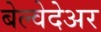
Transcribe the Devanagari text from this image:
बेल्वेदेअर